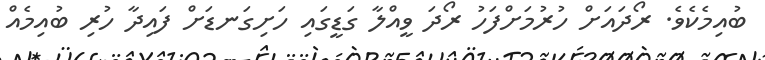
ބުއިމެކެވެ. ރޯދައަށް ހުރުމަށްފަހު ރޯދަ ވީއްލާ ގަޑީގައި ހަށިގަނޑަށް ފައިދާ ހުރި ބުއިމެއް